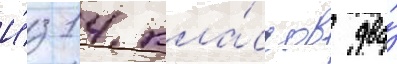
И́з 14 кла́ссов два́